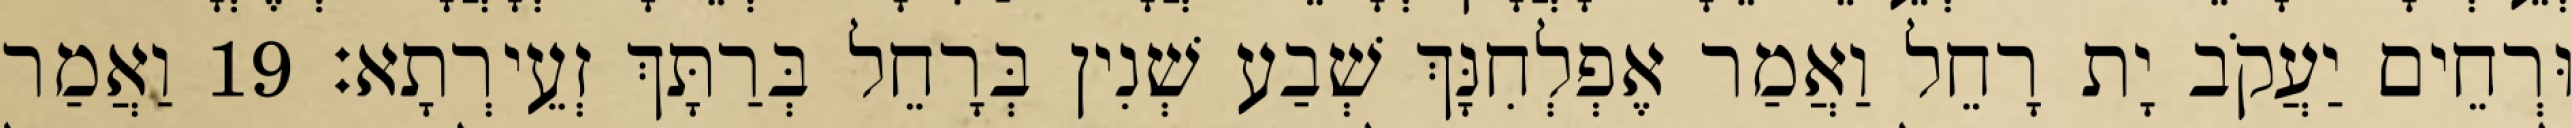
וּרְחֵים יַעֲקֹב יָת רָחֵל וַאֲמַר אֶפְלְחִנָּךְ שְׁבַע שְׁנִין בְּרָחֵל בְּרַתָּךְ זְעֵירְתָא׃ 19 וַאֲמַר